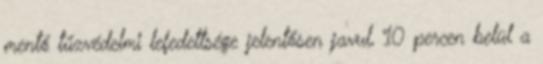
mentő tűzvédelmi lefedettsége jelentősen javul, 10 percen belül a